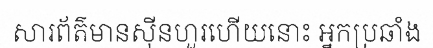
សារព័ត៌មានស៊ីនហួរហើយនោះ អ្នកប្រឆាំង